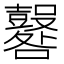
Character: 𡅦